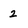
Character: 2